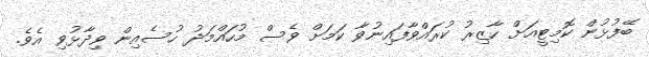
ބޭފުޅުން ކޮމިޓީއަށް ހާޒިރު ކުރައްވާފައިނުވާ ކަމަށް ވެސް މުހައްމަދު ހުސެއިން ވިދާޅުވި އެވެ.